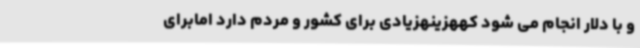
و با دلار انجام می شود کههزینهزیادی برای کشور و مردم دارد امابرای